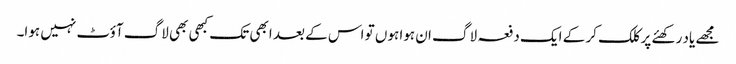
مجھے یاد رکھئے پر کلک کر کے ایک دفعہ لاگ ان ہوا ہوں تو اس کے بعد ابھی تک کبھی بھی لاگ آؤٹ نہیں ہوا۔